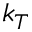
k _ { T }